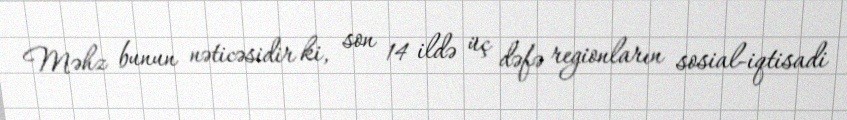
Məhz bunun nəticəsidir ki, son 14 ildə üç dəfə regionların sosial-iqtisadi